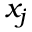
x _ { j }